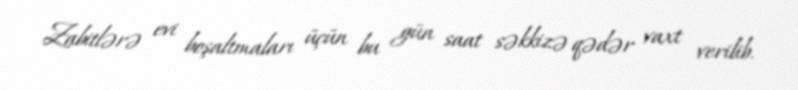
Zabitlərə evi boşaltmaları üçün bu gün saat səkkizə qədər vaxt verilib.